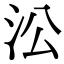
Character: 㳂